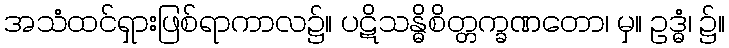
အသံထင်ရှားဖြစ်ရာကာလ၌။ ပဋိသန္ဓိစိတ္တက္ခဏတော၊ မှ။ ဥဒ္ဓံ၊ ၌။